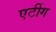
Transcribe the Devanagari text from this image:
एर्टीग